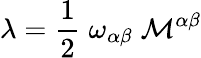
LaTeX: \lambda=\frac{1}{2}\; \omega_{\alpha\beta}\; {\cal M}^{\alpha\beta}